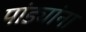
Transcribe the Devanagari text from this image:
पांड्यांना